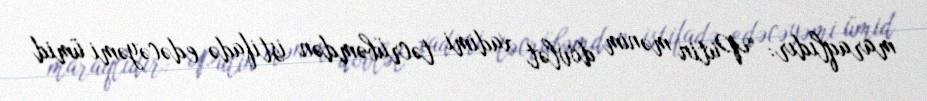
maraqlıdır: “Putin mənim dövlət xadimi təcrübəmdən istifadə edəcəyəmi ümid